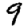
Digit: 9